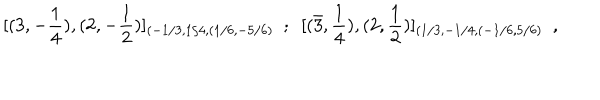
LaTeX: [ ( 3 , - { \frac { 1 } { 4 } } ) , ( 2 , - { \frac { 1 } { 2 } } ) ] _ { ( - 1 / 3 , 1 / 4 , ( 1 / 6 , - 5 / 6 ) } ~ ~ ; ~ ~ [ ( \bar { 3 } , { \frac { 1 } { 4 } } ) , ( 2 , { \frac { 1 } { 2 } } ) ] _ { ( 1 / 3 , - 1 / 4 , ( - 1 / 6 , 5 / 6 ) } \ \ ,